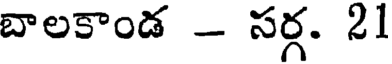
బాలకాండ - సర్గ. 21